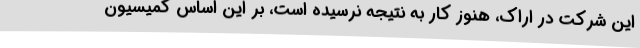
این شرکت در اراک، هنوز کار به نتیجه نرسیده است، بر این اساس کمیسیون